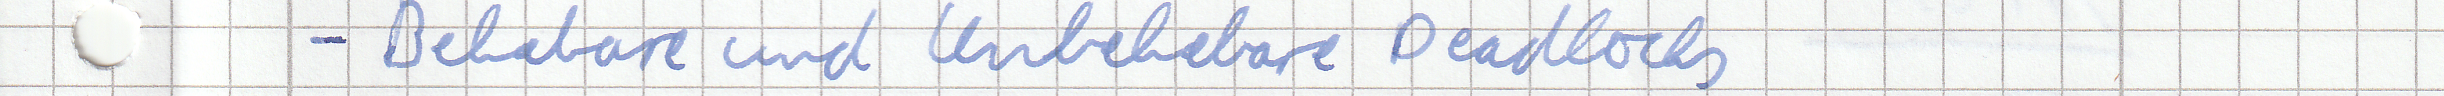
- Behebare und Unbehebare Deadlocks